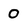
Character: 0